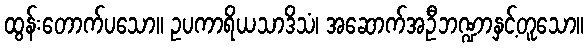
ထွန်းတောက်ပသော။ ဥပကာရိယသာဒိသံ၊ အဆောက်အဦဘဏ္ဍာနှင့်တူသော။